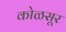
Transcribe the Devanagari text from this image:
कोळसूर